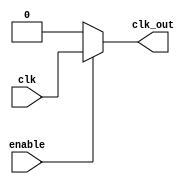
module ClockGating (
    input wire clk,       // Primary clock signal
    input wire enable,    // Enable signal for clock gating
    output wire clk_out   // Gated clock output
);

// Internal signals for clock gating
wire clk_enabled; // Intermediate signal

// Combinational logic to implement clock gating
assign clk_enabled = (enable) ? clk : 1'b0; // When enable is high, pass clk, otherwise low

// Gated clock output
assign clk_out = clk_enabled;

endmodule